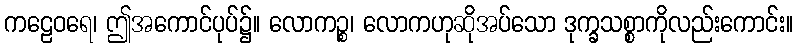
ကဠေဝရေ၊ ဤအကောင်ပုပ်၌။ လောကဉ္စ၊ လောကဟုဆိုအပ်သော ဒုက္ခသစ္စာကိုလည်းကောင်း။